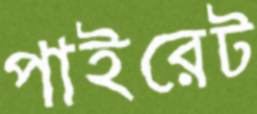
পাইরেট